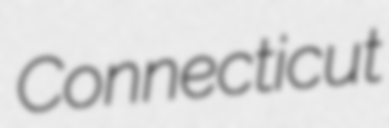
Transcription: Connecticut